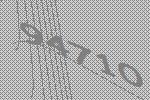
94710